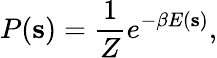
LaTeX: P(\mathbf{s})=\frac{1}{Z}e^{-\beta E(\mathbf{s})},